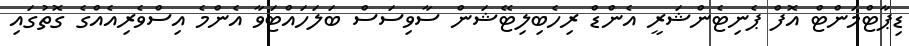
ޑިޕާޓްމަންޓް އޮފް ޕެނިޓެންޝަރީ އެންޑް ރިހެބިލިޓޭޝަން ސާވިސަސް ބަލަހައްޓަވާ އެންމެ އިސްވެރިއެއްގެ ގޮތުގައި